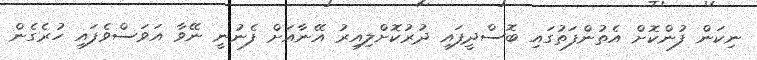
ނިކަން ފުންކޮށް އެތުންފަތުގައި ބޮސްދީފައި ދުރުކޮށްލިއިރު އޭނާއަށް ފެނުނީ ނޭވާ އަވަސްވެފައި ހުރެގެން